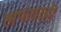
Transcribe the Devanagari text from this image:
अफवाहो